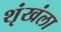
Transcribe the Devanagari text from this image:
शृंखंला